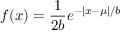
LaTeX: f ( x ) = { \frac { 1 } { 2 b } } e ^ { - | x - \mu | / b }